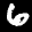
Label: 6